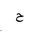
Letter: _ha